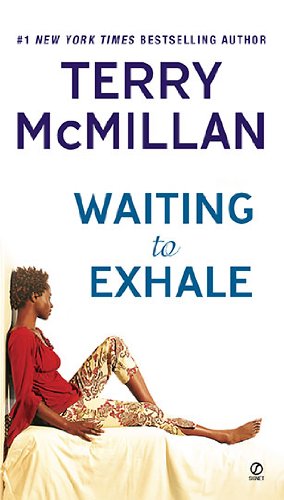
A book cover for Waiting to Exhale; Terry McMillan; Literature & Fiction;